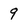
Character: 9